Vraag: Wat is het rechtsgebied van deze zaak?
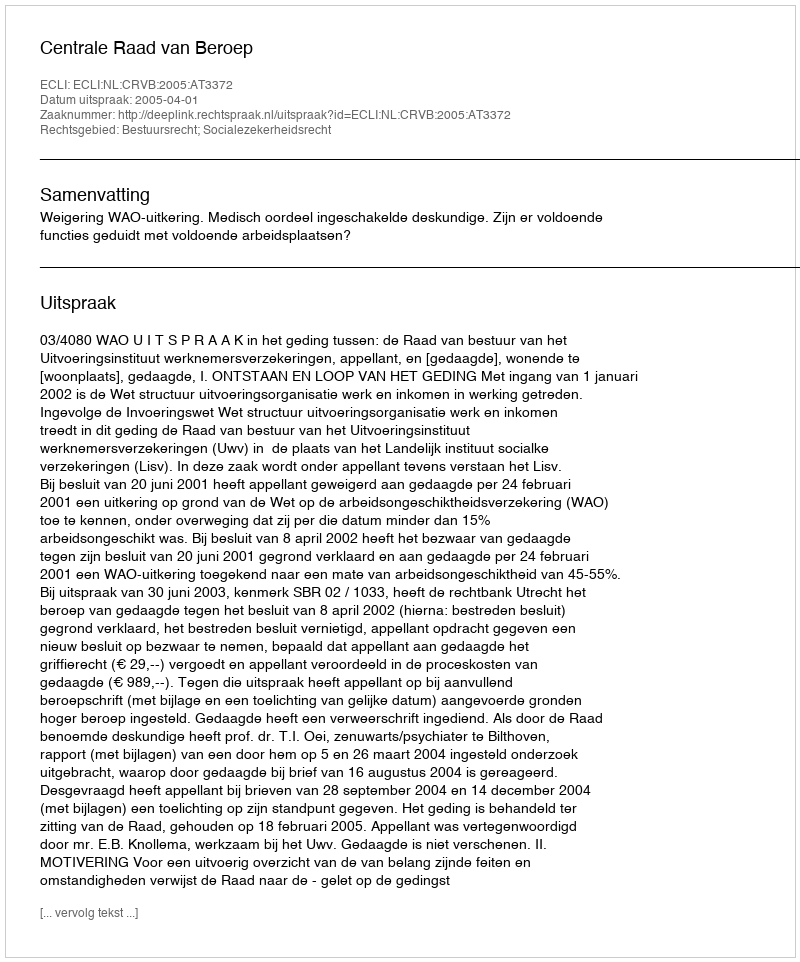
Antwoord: Bestuursrecht; Socialezekerheidsrecht